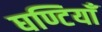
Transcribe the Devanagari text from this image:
घण्टियाँ